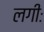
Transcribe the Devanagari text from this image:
लगीः